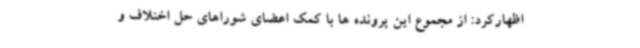
اظهارکرد: از مجموع این پرونده ها با کمک اعضای شوراهای حل اختلاف و